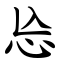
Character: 㤀